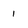
Character: 1